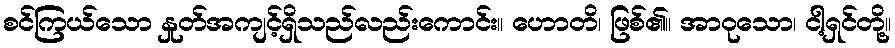
စင်ကြယ်သော နှုတ်အကျင့်ရှိသည်လည်းကောင်း။ ဟောတိ၊ ဖြစ်၏။ အာဝုသော၊ ငါ့ရှင်တို့။